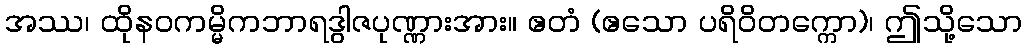
အဿ၊ ထိုနဝကမ္မိကဘာရဒွါဇပုဏ္ဏားအား။ ဧတံ (ဧသော ပရိဝိတက္ကော)၊ ဤသို့သော